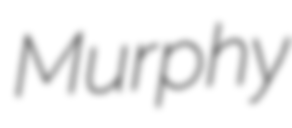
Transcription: Murphy